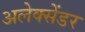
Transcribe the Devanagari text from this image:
अलेक्‍सेंडर